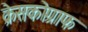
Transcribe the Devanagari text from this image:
क्रेसकोग्राफ